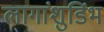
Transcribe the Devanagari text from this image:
लागांशुडिंभ